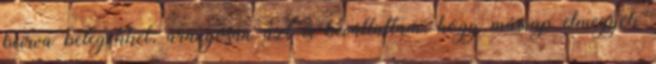
beírva betegekkel, aranyosan azt is bevállaltam, hogy másnap elmegyek